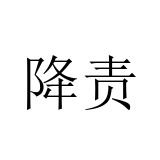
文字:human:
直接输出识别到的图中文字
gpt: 降责